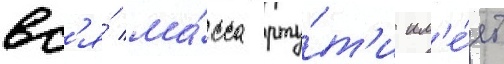
вс'я́ ма́сса рту́т'и им'е́ет